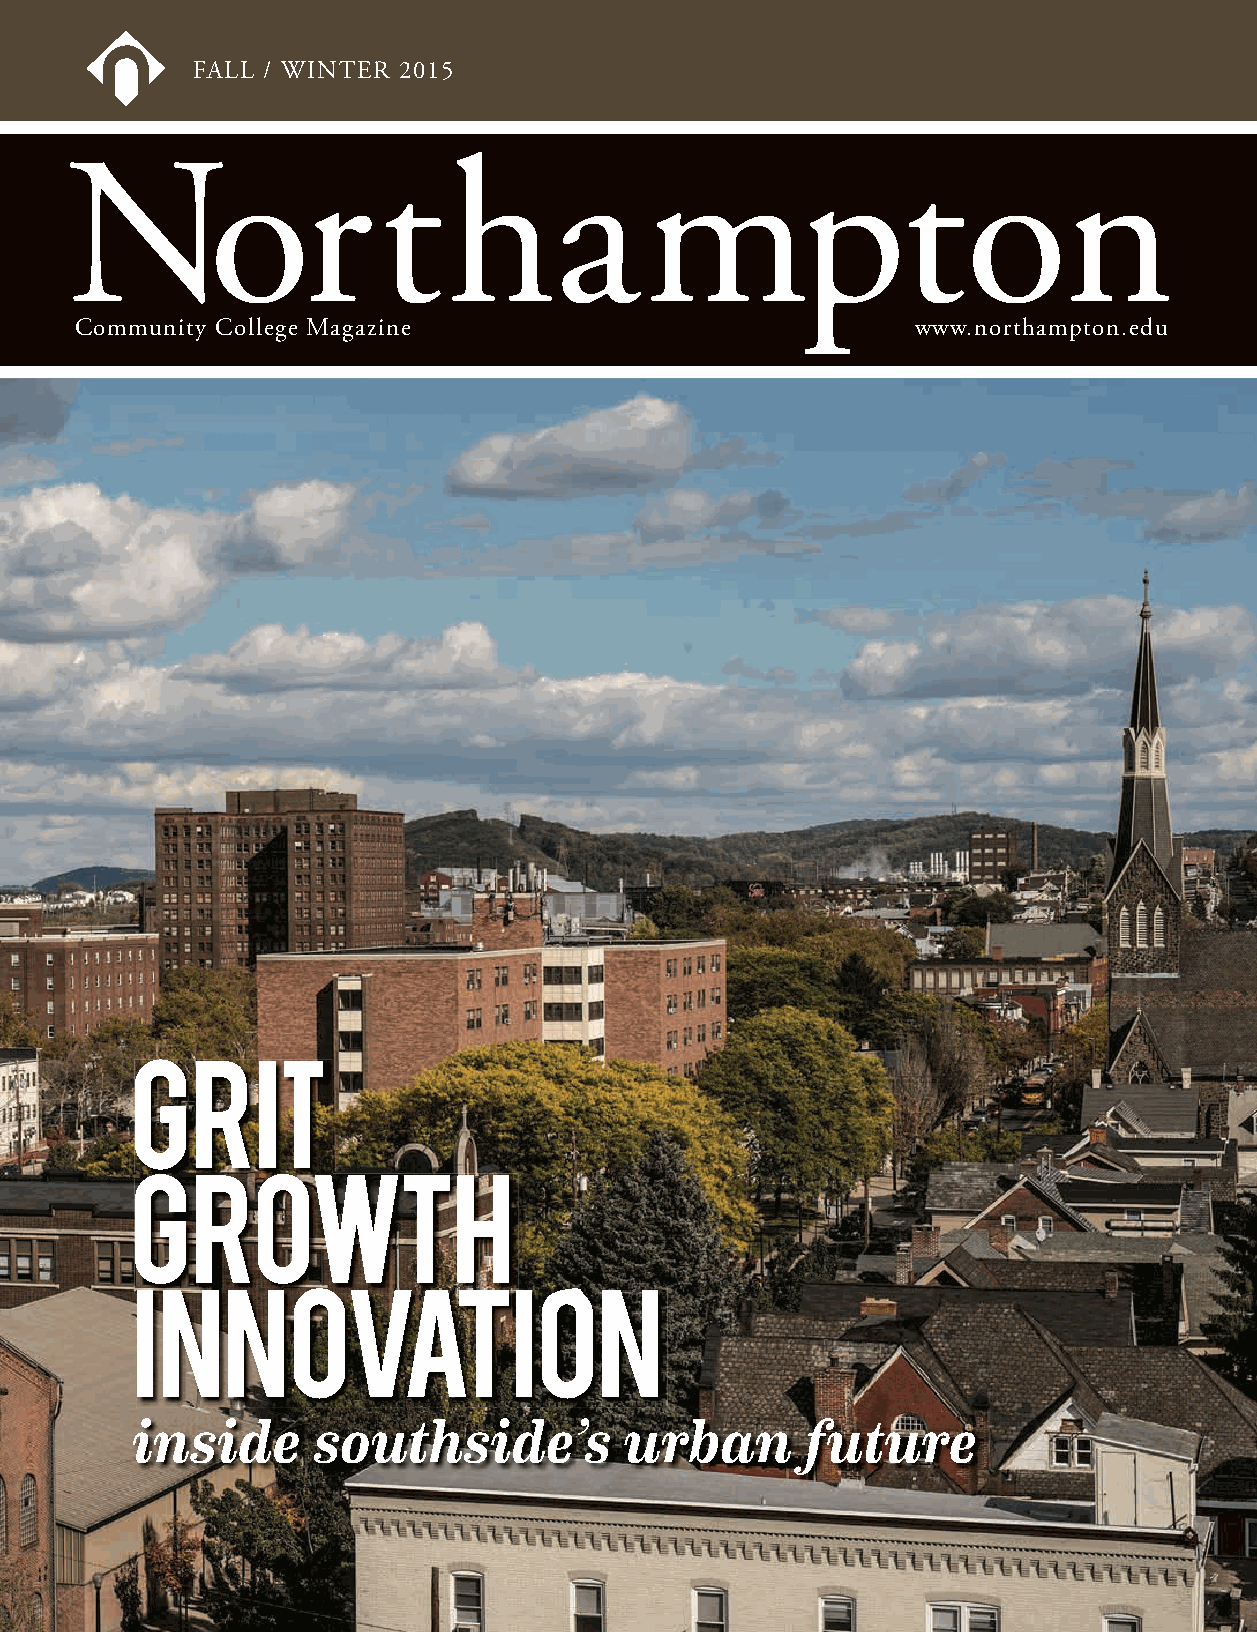
FALL / WINTER 2015
 Community College Magazine                              www.northampton.edu
 inside      southside’s         urban       future